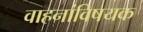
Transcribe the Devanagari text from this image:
वाहनांविषयक